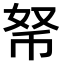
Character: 𢂬